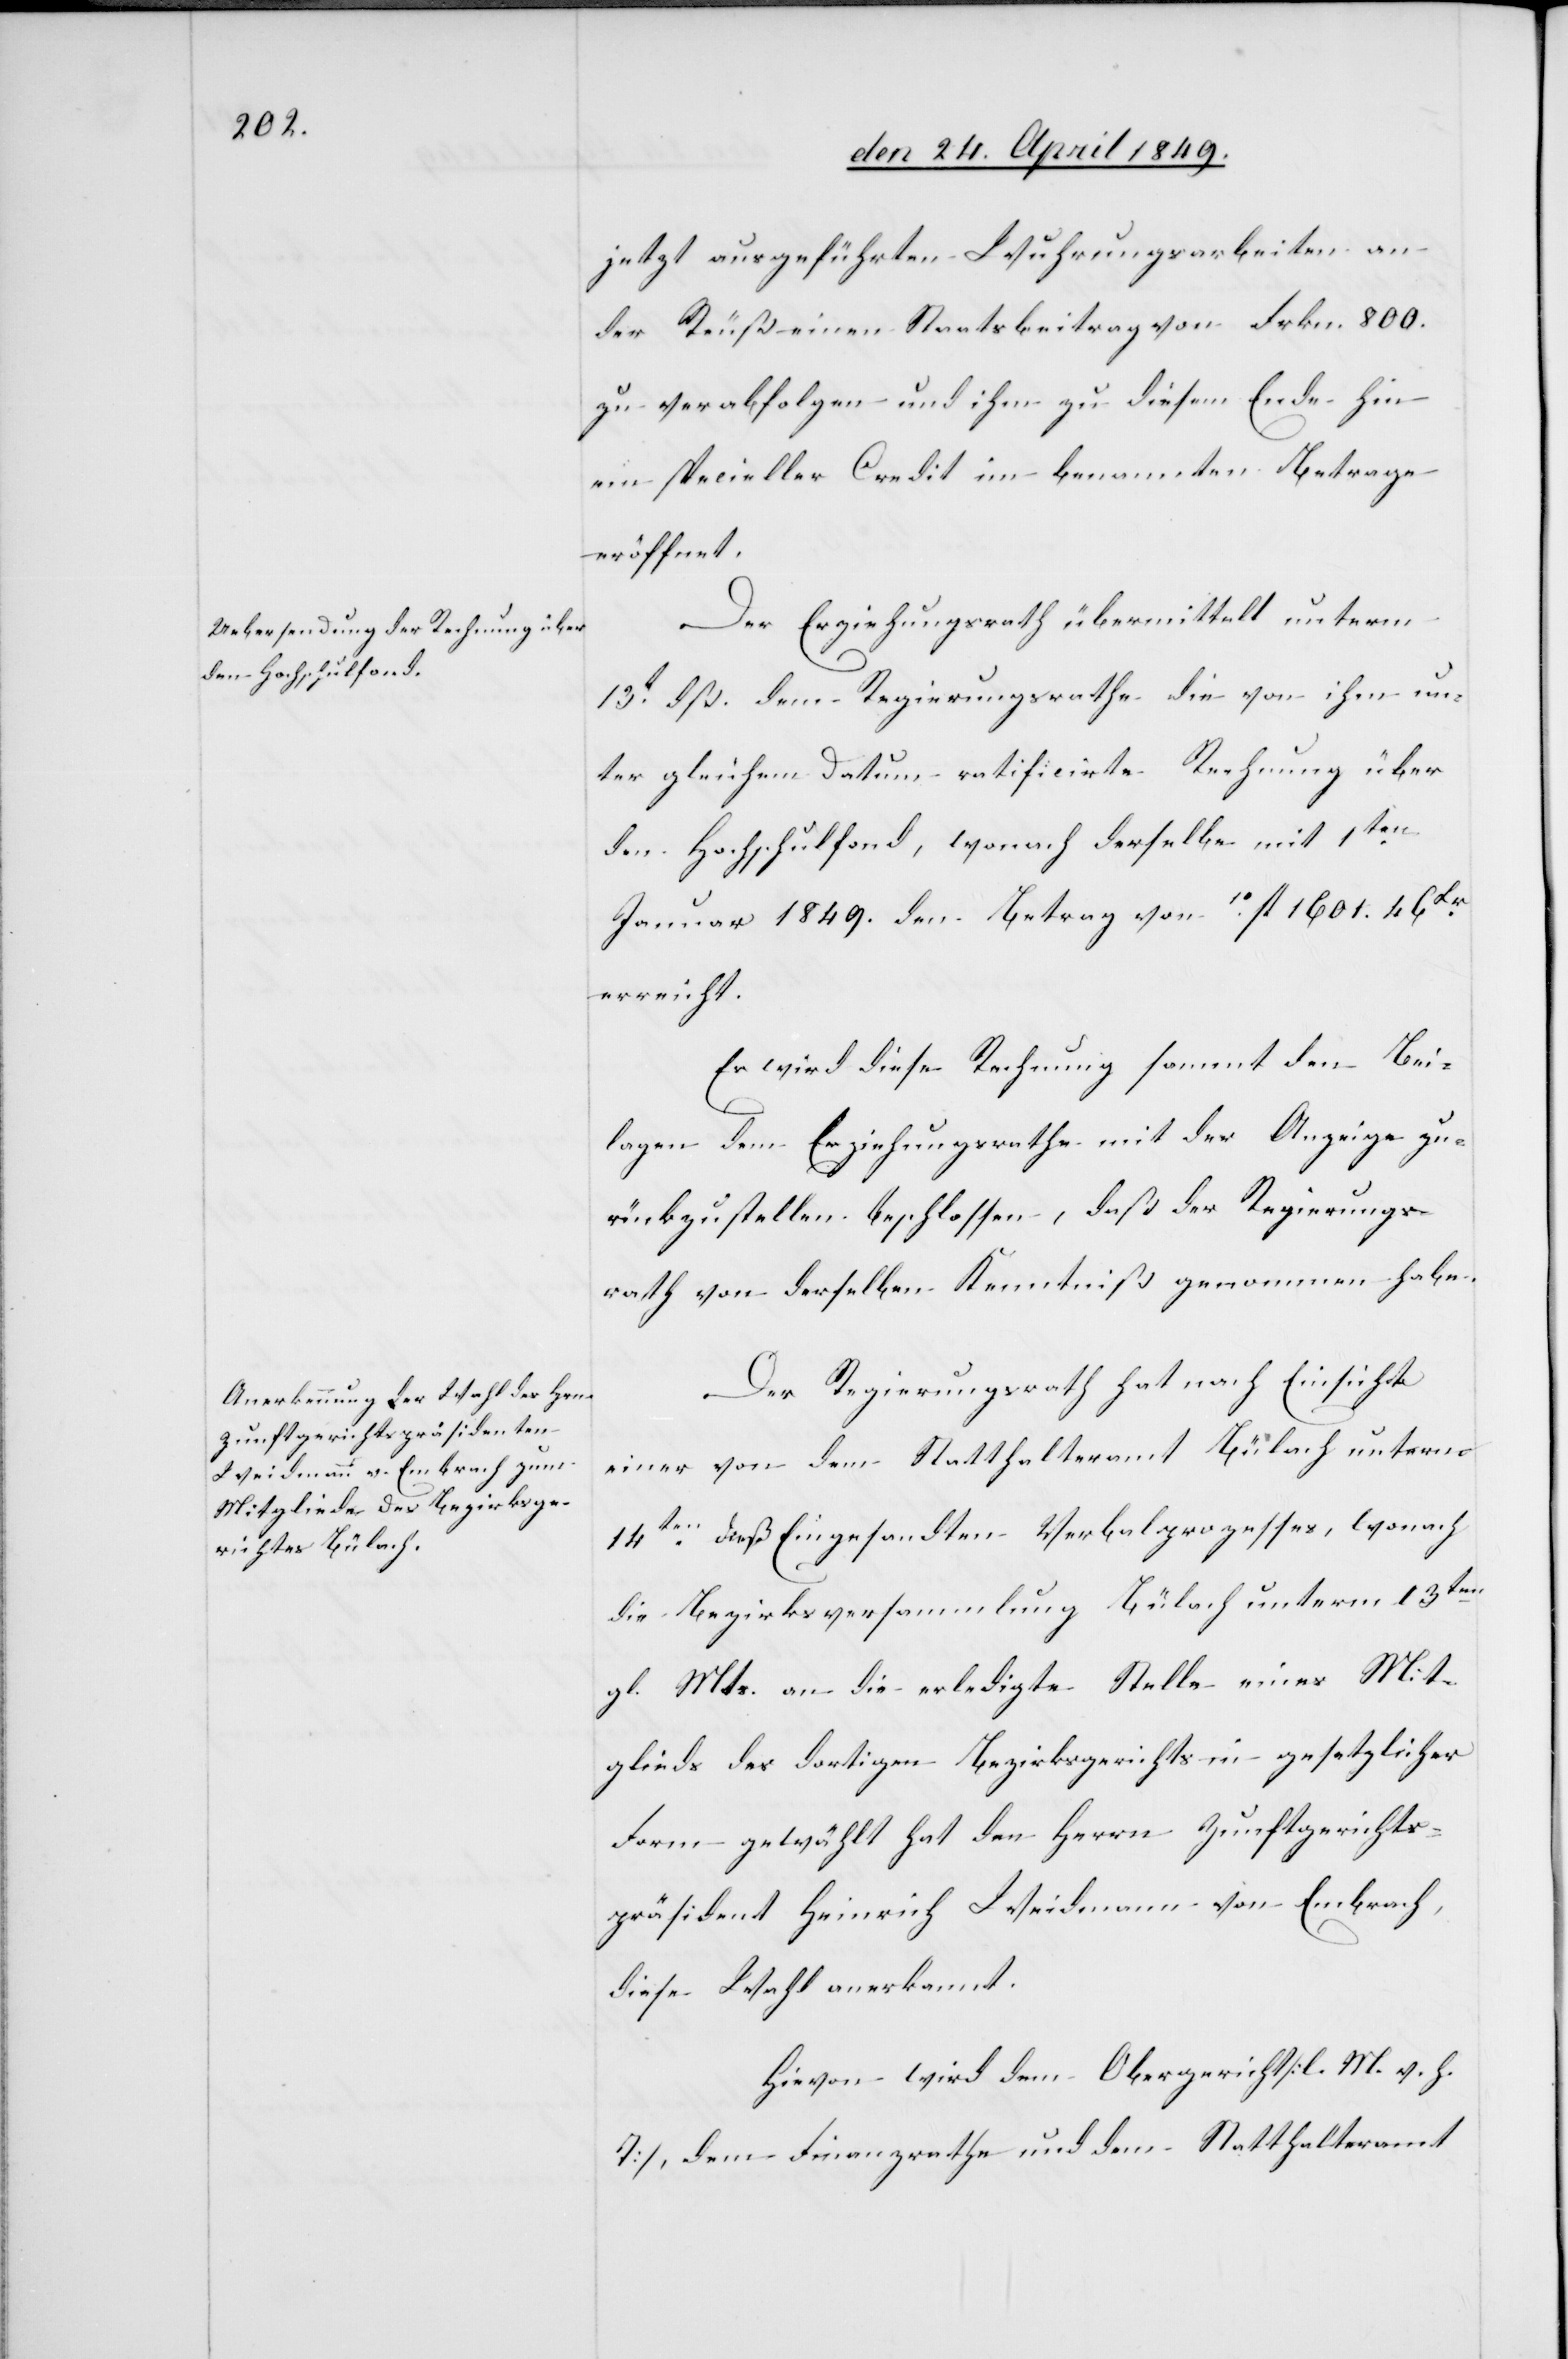
jetzt ausgeführten Wuhrungsarbeiten an
der Reuß einen Staatsbeitrag von Frkn. 800.
zu verabfolgen und ihm zu diesem Ende hin
ein specieller Credit im benannten Betrage
eröffnet.
Der Erziehungsrath übermittelt unterm
13t dß. dem Regierungsrathe die von ihm un¬
ter gleichem Datum ratificirte Rechnung über
den Hochschulfond, wonach derselbe mit 1ten
Januar 1849. den Betrag von 10fl. 1601. 46.Xr
erreicht.
Es wird diese Rechnung sammt den Bei¬
lagen dem Erziehungsrathe mit der Anzeige zu¬
rückzustellen beschlossen, daß der Regierungs¬
rath von derselben Kenntniß genommen habe.
Der Regierungsrath hat nach Einsicht
einer von dem Statthalteramt Bülach unterm
14ten dieß Eingesandten Verbalprozesses, wonach
die Bezirksversammlung Bülach unterm 13ten
gl. Mts. an die erledigte Stelle eines Mit¬
glieds des dortigen Bezirksgerichts in gesetzlicher
Form gewählt hat den Herrn Zunftgerichts¬
präsident Heinrich Weidmann von Embrach,
diese Wahl anerkannt.
Hievon wird dem Obergerichte [l. M. v. h.
T], dem Finanzrathe und dem Statthalteramt